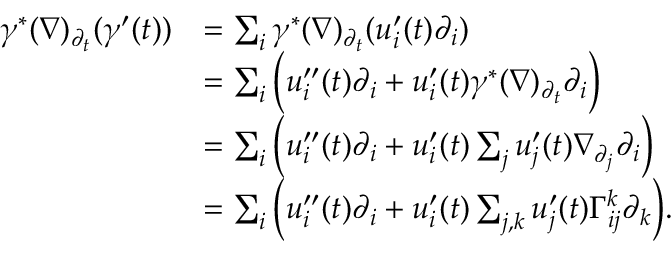
\begin{array} { r l } { \gamma ^ { \ast } ( \nabla ) _ { \partial _ { t } } ( \gamma ^ { \prime } ( t ) ) } & { = \sum _ { i } \gamma ^ { \ast } ( \nabla ) _ { \partial _ { t } } ( u _ { i } ^ { \prime } ( t ) \partial _ { i } ) } \\ & { = \sum _ { i } \Big ( u _ { i } ^ { \prime \prime } ( t ) \partial _ { i } + u _ { i } ^ { \prime } ( t ) \gamma ^ { \ast } ( \nabla ) _ { \partial _ { t } } \partial _ { i } \Big ) } \\ & { = \sum _ { i } \Big ( u _ { i } ^ { \prime \prime } ( t ) \partial _ { i } + u _ { i } ^ { \prime } ( t ) \sum _ { j } u _ { j } ^ { \prime } ( t ) \nabla _ { \partial _ { j } } \partial _ { i } \Big ) } \\ & { = \sum _ { i } \Big ( u _ { i } ^ { \prime \prime } ( t ) \partial _ { i } + u _ { i } ^ { \prime } ( t ) \sum _ { j , k } u _ { j } ^ { \prime } ( t ) \Gamma _ { i j } ^ { k } \partial _ { k } \Big ) . } \end{array}